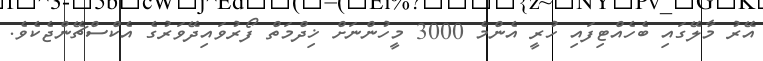
އޭރު މާލޭގައި ބެހެއްޓިފައި ހުރީ އެންމެ 3000 މީހުންނަށް ޚިދްމަތް ފޯރުވައިދޭވަރުގެ އެކްސްޗޭންޖެކެވެ.